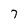
Character: 7